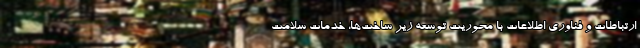
ارتباطات و فناوری اطلاعات با محوریت توسعه زیر ساخت‌ها، خدمات سلامت